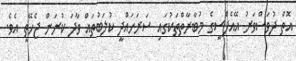
އޮތް ދުވަސްވަރު އޭއެފްސީގެ މުބާރާތްތަކުގައި ސަރަހައްދީ ކުލަބުތައް ވާދަ ކުރަން ޖެހޭތީ އެވެ.